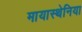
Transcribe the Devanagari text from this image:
मायास्थेनिया